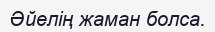
Әйелің жаман болса.